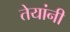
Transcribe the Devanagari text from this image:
तेयांनी